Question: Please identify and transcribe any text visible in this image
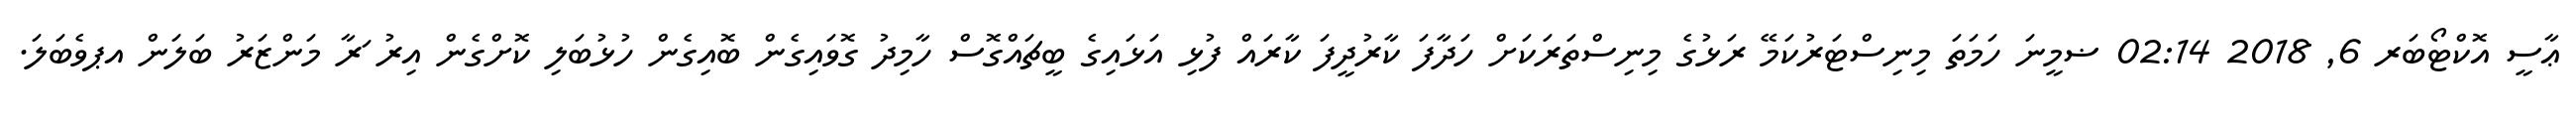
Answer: ޢާސީ އޮކްޓޯބަރ 6, 2018 02:14 ޟމީނަ ހަމަތަ މިނިސްޓަރުކަމޭ ރަޅުގެ މިނިސްތަރަކަށް ހަދާފަ ކާރުދީފަ ކާރައް ފުޅި އަޅައިގެ ބީޗައްގޮސް ހާމިދު ގޮވައިގެން ބޮއިގެން ހުޅުބަލި ކޮށްގެން އިރު ަރާ މަންޒަރު ބަލަން އޕވެބަލަ.